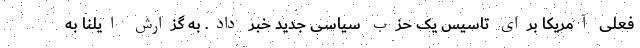
فعلی آمریکا برای تاسیس یک حزب سیاسی جدید خبر داد. به گزارش ایلنا به